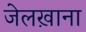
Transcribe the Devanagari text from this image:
जेलख़ाना